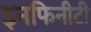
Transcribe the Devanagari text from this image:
इनफिनीटी